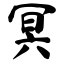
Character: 冥